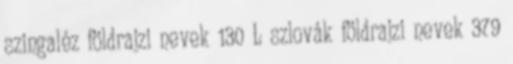
szingaléz földrajzi nevek‎ 130 L szlovák földrajzi nevek‎ 379